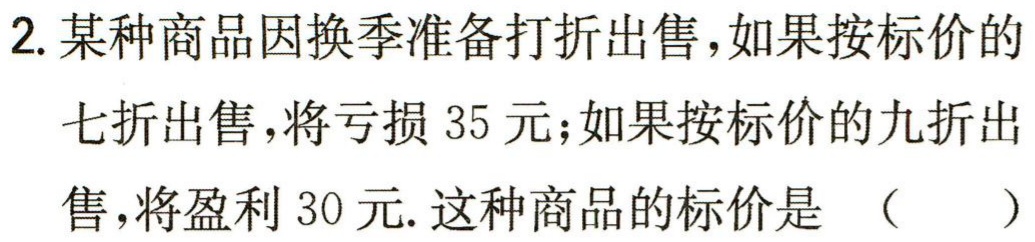
2. 某种商品因换季准备打折出售，如果按标价的七折出售，将亏损 35 元；如果按标价的九折出售，将盈利 30 元. 这种商品的标价是 （  ）